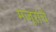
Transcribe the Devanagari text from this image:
मजूरांचे